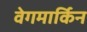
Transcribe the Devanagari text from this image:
वेगमार्किन